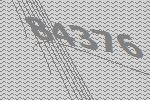
84376